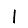
Digit: 1